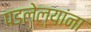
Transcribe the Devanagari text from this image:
पडलेल्यांना